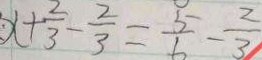
x + \frac { 2 } { 3 } - \frac { 2 } { 3 } = \frac { 5 } { 6 } - \frac { 2 } { 3 }